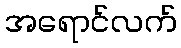
အရောင်လက်